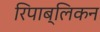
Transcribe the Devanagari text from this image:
रिपाब्लिकन